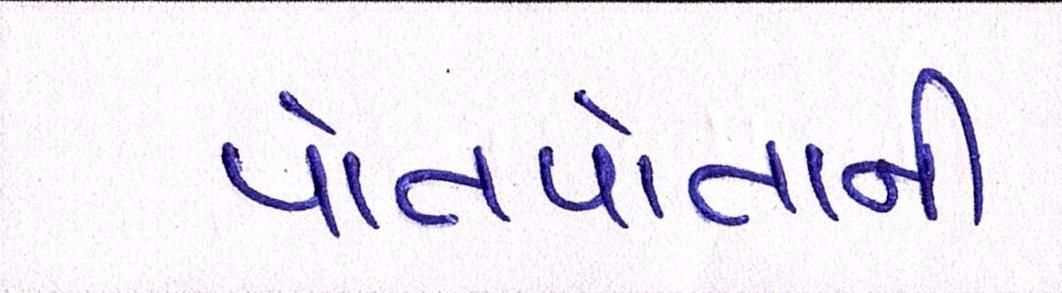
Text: પોતપોતાની